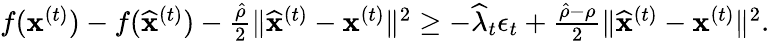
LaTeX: \begin{array}{r}{f({\mathbf x}^{(t)})-f(\widehat{\mathbf x}^{(t)})-\frac{\hat{\rho}}{2}\| \widehat{\mathbf x}^{(t)}-{\mathbf x}^{(t)}\| ^{2}\geq-\widehat\lambda_{t}\epsilon_{t}+\frac{\hat{\rho}-\rho}{2}\| \widehat{\mathbf x}^{(t)}-{\mathbf x}^{(t)}\| ^{2}.}\end{array}